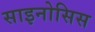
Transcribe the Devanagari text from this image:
साइनोसिस